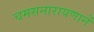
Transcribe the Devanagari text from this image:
चमसनारायणानें